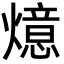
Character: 燱